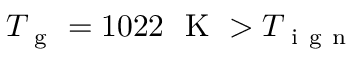
T _ { \mathrm { ~ g ~ } } = 1 0 2 2 ~ \mathrm { ~ K ~ } > T _ { \mathrm { ~ i ~ g ~ n ~ } }